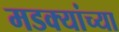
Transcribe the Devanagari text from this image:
मडक्यांच्या